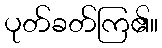
ပုတ်ခတ်ကြ၏။